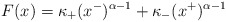
\begin{align*}F(x)=\kappa_+(x^-)^{\alpha-1}+\kappa_-(x^+)^{\alpha-1}\end{align*}